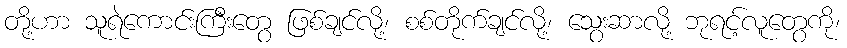
တို့ဟာ သူရဲကောင်းကြီးတွေ ဖြစ်ချင်လို့၊ စစ်တိုက်ချင်လို့၊ သွေးဆာလို့ ဘုရင့်လူတွေကို၊